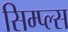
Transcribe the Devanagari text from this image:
सिम्प्ल्स